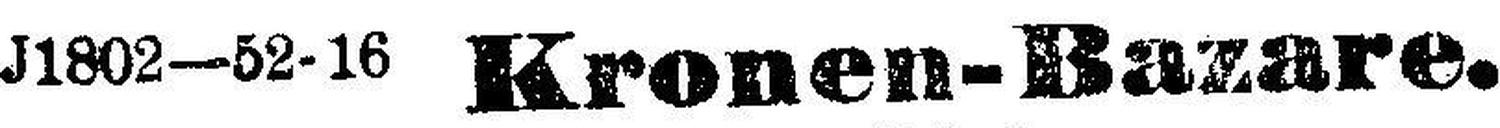
J1802—52-16 Kronen-Bazare.